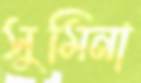
সুমিনা